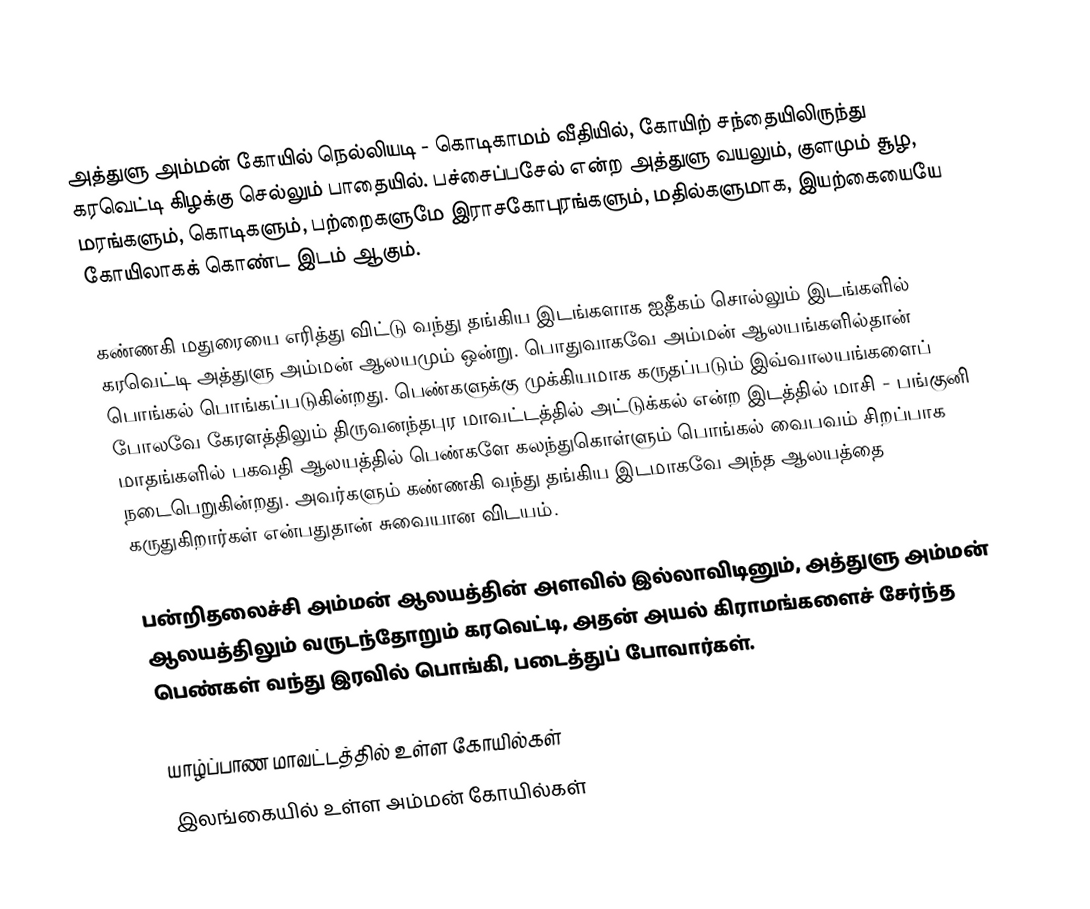
அத்துளு அம்மன் கோயில் நெல்லியடி - கொடிகாமம் வீதியில், கோயிற் சந்தையிலிருந்து கரவெட்டி கிழக்கு செல்லும் பாதையில். பச்சைப்பசேல் என்ற அத்துளு வயலும், குளமும் சூழ, மரங்களும், கொடிகளும், பற்றைகளுமே இராசகோபுரங்களும், மதில்களுமாக, இயற்கையையே கோயிலாகக் கொண்ட இடம் ஆகும்.

கண்ணகி மதுரையை எரித்து விட்டு வந்து தங்கிய இடங்களாக ஐதீகம் சொல்லும் இடங்களில் கரவெட்டி அத்துளு அம்மன் ஆலயமும் ஒன்று. பொதுவாகவே அம்மன் ஆலயங்களில்தான் பொங்கல் பொங்கப்படுகின்றது. பெண்களுக்கு முக்கியமாக கருதப்படும் இவ்வாலயங்களைப் போலவே கேரளத்திலும் திருவனந்தபுர மாவட்டத்தில் அட்டுக்கல் என்ற இடத்தில் மாசி - பங்குனி மாதங்களில் பகவதி ஆலயத்தில் பெண்களே கலந்துகொள்ளும் பொங்கல் வைபவம் சிறப்பாக நடைபெறுகின்றது. அவர்களும் கண்ணகி வந்து தங்கிய இடமாகவே அந்த ஆலயத்தை கருதுகிறார்கள் என்பதுதான் சுவையான விடயம்.

பன்றிதலைச்சி அம்மன் ஆலயத்தின் அளவில் இல்லாவிடினும், அத்துளு அம்மன் ஆலயத்திலும் வருடந்தோறும் கரவெட்டி, அதன் அயல் கிராமங்களைச் சேர்ந்த பெண்கள் வந்து இரவில் பொங்கி, படைத்துப் போவார்கள்.

யாழ்ப்பாண மாவட்டத்தில் உள்ள கோயில்கள்
இலங்கையில் உள்ள அம்மன் கோயில்கள்